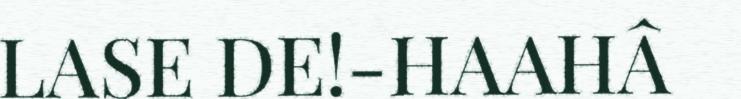
LASE DE!-HAAHÂ